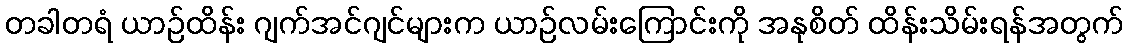
တခါတရံ ယာဉ်ထိန်း ဂျက်အင်ဂျင်များက ယာဉ်လမ်းကြောင်းကို အနုစိတ် ထိန်းသိမ်းရန်အတွက်